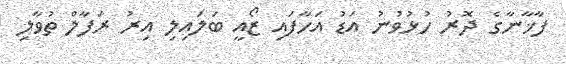
ފާޚާނާގެ ދޮރު ހުޅުވުނު އަޑު އަހާފައި ޒޯއީ ބަލައިލި އިރު ރަފާލް ތުވާލި